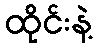
ထိုင်းနဲ့